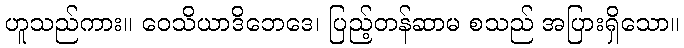
ဟူသည်ကား။ ဝေသိယာဒိဘေဒေ၊ ပြည့်တန်ဆာမ စသည် အပြားရှိသော။